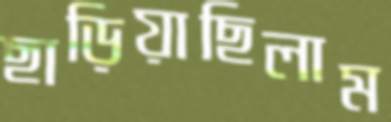
ছাড়িয়াছিলাম